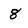
Character: 8